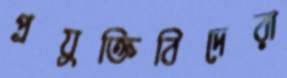
প্রযুক্তিবিদেরা